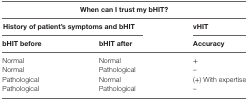
<table><thead><tr><td colspan="3"><b>When can I trust my bHIT?</b></td></tr><tr><td colspan="2"><b>History of patient’s symptoms and bHIT</b></td><td><b>vHIT</b></td></tr><tr><td><b>bHIT before</b></td><td><b>bHIT after</b></td><td><b>Accuracy</b></td></tr></thead><tbody><tr><td>Normal</td><td>Normal</td><td>+</td></tr><tr><td>Normal</td><td>Pathological</td><td>–</td></tr><tr><td>Pathological</td><td>Normal</td><td>(+) With expertise</td></tr><tr><td>Pathological</td><td>Pathological</td><td>–</td></tr></tbody></table>